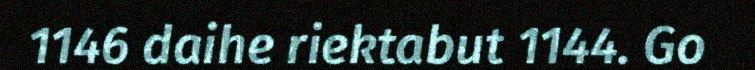
1146 daihe riektabut 1144. Go